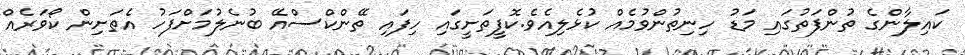
ކައިލާންގެ ތުންފަތުގައި މަޑު ހިނިތުންވުމެއް ކުޅެލިއެވެ.ކޮފީތަށީގައި ހިފައި ތޭންކްސްއޭ ބުނެލުމަށްފަހު އެތަށިން ކޯވަރެއް